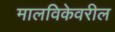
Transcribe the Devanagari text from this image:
मालविकेवरील